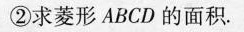
②求菱形ABCD的面积。